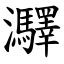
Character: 㶠